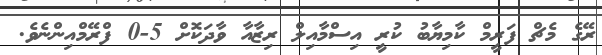
ރޭގެ މެޗް ފަރީމް ކާމިޔާބު ކުރީ އިސްމާއިލް ރިޒާއާ ވާދަކޮށް 5-0 ފްރޭމްއިންނެވެ.